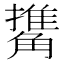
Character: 𧤹